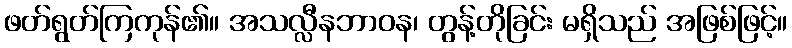
ဖတ်ရွတ်ကြကုန်၏။ အသလ္လီနဘာဝန၊ တွန့်တိုခြင်း မရှိသည် အဖြစ်ဖြင့်။